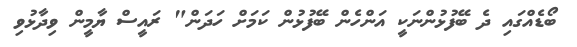
ބޯޑެއްގައި ދެ ބޭފުޅުންނަކީ އަންހެން ބޭފުޅުން ކަމަށް ހަދަން" ރައީސް ޔާމީން ވިދާޅުވި